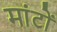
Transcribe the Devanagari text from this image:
मांटों